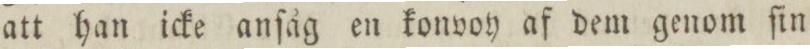
att han icke anſåg en konvoy af dem genom ſin